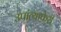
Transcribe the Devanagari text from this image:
उपांत्याफेरी